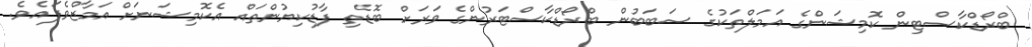
ބްރޯޑްކާސްޓިން ކޮމިޝަންގެ އަމަލްތަކުގެ ސަބަބުން ބްރޯޑްކާސްޓަރުންގެ ވަރަށް ބޮޑެތި ފާޑުކިޔުންތައް އެކޮމިޝަނަށް އަމާޒްވެފައެވެ.